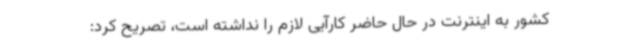
کشور به اینترنت در حال حاضر کارآیی لازم را نداشته است، تصریح کرد: